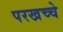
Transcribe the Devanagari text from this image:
परखच्चे